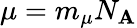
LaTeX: \mu=m_{\mu}N_{\mathbf{A}}